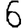
Digit: 6